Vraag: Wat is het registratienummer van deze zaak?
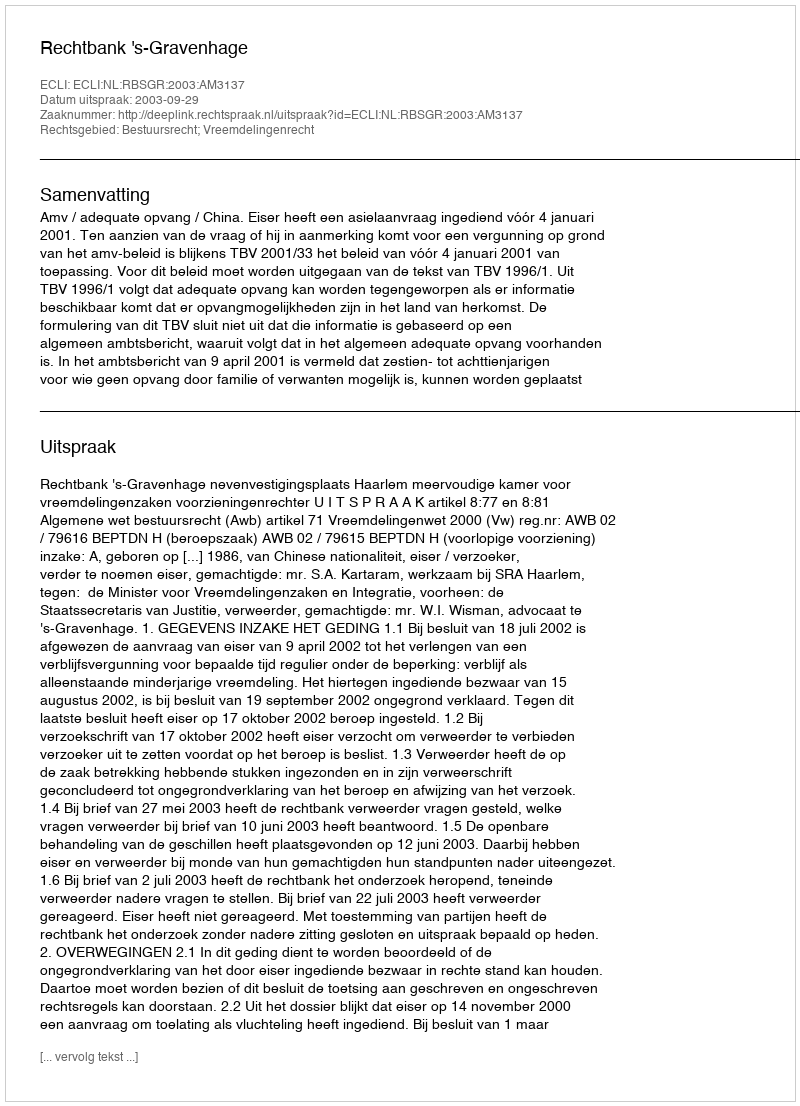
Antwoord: http://deeplink.rechtspraak.nl/uitspraak?id=ECLI:NL:RBSGR:2003:AM3137